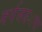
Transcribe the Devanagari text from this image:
वर्गलढ्याचा